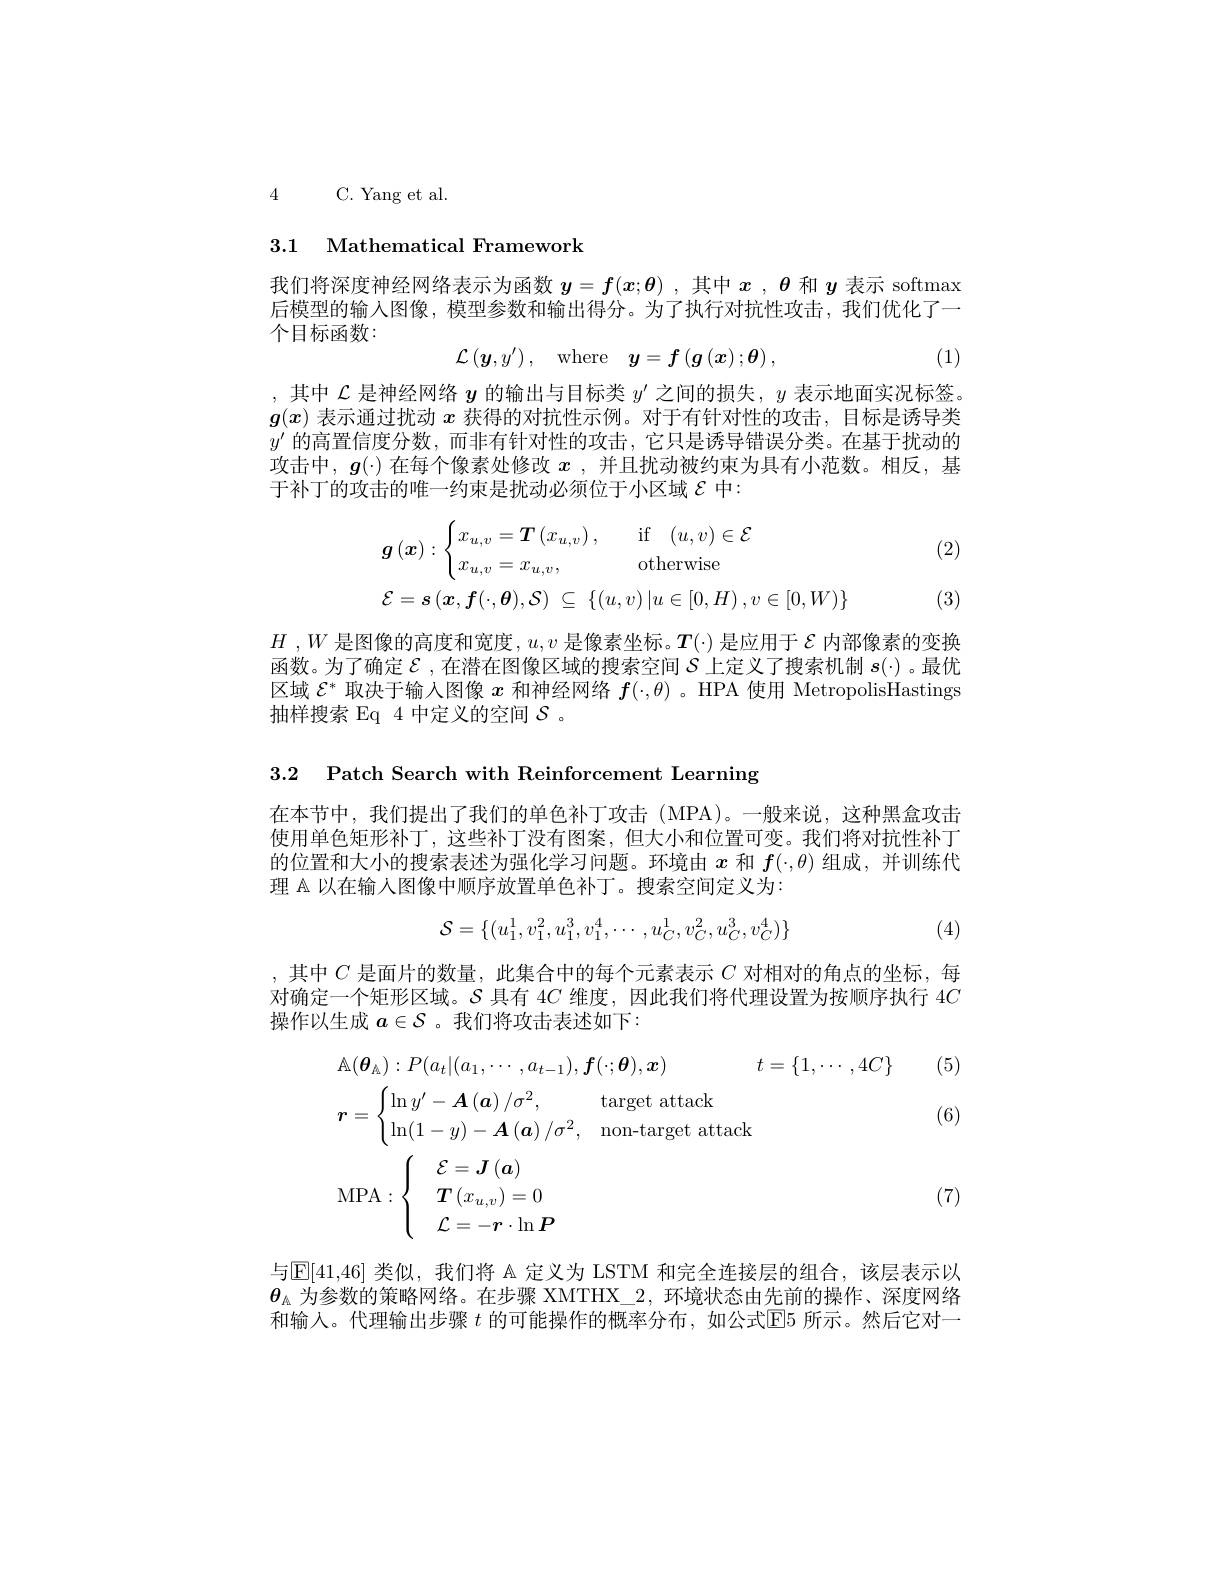
4 C. Yang et al.

## 3.1 Mathematical Framework

我们将深度神经网络表示为函数$y=f(x;\theta)$ ,其中$x$ , $\theta$和$y$表示 softmax 后模型的输入图像，模型参数和输出得分。为了执行对抗性攻击，我们优化了一个目标函数：
$$\mathcal{L}\left(\boldsymbol{y},y'\right),\quad\mathrm{where}\quad\boldsymbol{y}=\boldsymbol{f}\left(\boldsymbol{g}\left(\boldsymbol{x}\right);\boldsymbol{\theta}\right),$$
(1)

,其中$\mathcal{L}$是神经网络$y$的输出与目标类$y^\prime$之间的损失，$y$表示地面实况标签。$g(x)$表示通过扰动$x$获得的对抗性示例。对于有针对性的攻击，目标是诱导类$y^{\prime}$的高置信度分数，而非有针对性的攻击，它只是诱导错误分类。在基于扰动的攻击中，$g(\cdot)$在每个像素处修改$x$ ,并且扰动被约束为具有小范数。相反，基于补丁的攻击的唯一约束是扰动必须位于小区域$\mathcal{E}$中：

(2)
$$\boldsymbol{g}\left(\boldsymbol{x}\right):\begin{cases}x_{u,v}=\boldsymbol{T}\left(x_{u,v}\right),&\quad\mathrm{if}\quad(u,v)\in\mathcal{E}\\x_{u,v}=x_{u,v},&\quad\mathrm{otherwise}\end{cases}\\\mathcal{E}=\boldsymbol{s}\left(\boldsymbol{x},\boldsymbol{f}(\cdot,\boldsymbol{\theta}),\mathcal{S}\right)\:\subseteq\:\{(u,v)\:|u\in[0,H)\:,v\in[0,W)\}$$
(3)

$H$ $, W$ 是 图 像 的 高 度 和 宽 度 , $u, v$ 是像素坐标。$T(\cdot)$是应用于$\varepsilon$内部像素的变换函数。为了确定$\mathcal{E}$,在潜在图像区域的搜索空间$S$上定义了搜索机制$s(\cdot)$ 。最优区域$\mathcal{E}^*$取决于输入图像$x$和神经网络$f(\cdot,\theta)$ 。HPA 使用 MetropolisHastings 抽样搜索 Eq 4 中定义的空间$S$ 。

3.2 Patch Search with Reinforcement Learning

在本节中，我们提出了我们的单色补丁攻击(MPA)。一般来说，这种黑盒攻击使用单色矩形补丁，这些补丁没有图案，但大小和位置可变。我们将对抗性补丁的位置和大小的搜索表述为强化学习问题。环境由$x$和$f(\cdot,\theta)$组成，并训练代理 A 以在输人图像中顺序放置单色补丁。搜索空间定义为：
$$\mathcal{S}=\{(u_1^1,v_1^2,u_1^3,v_1^4,\cdots,u_C^1,v_C^2,u_C^3,v_C^4)\}$$
(4)

,其中$C$是面片的数量，此集合中的每个元素表示$C$对相对的角点的坐标，每对确定一个矩形区域。$S$具有 4$C$维度，因此我们将代理设置为按顺序执行 4$C$ 操作以生成$a\in\mathcal{S}$ 。我们将攻击表述如下：
$$\begin{aligned}&\mathbb{A}(\boldsymbol{\theta}_{\mathbb{A}}):P(a_{t}|(a_{1},\cdots,a_{t-1}),\boldsymbol{f}(\cdot;\boldsymbol{\theta}),\boldsymbol{x})&t=\{1,\cdots,4C\}\\&\boldsymbol{r}=\begin{cases}\ln y^{\prime}-\boldsymbol{A}\left(\boldsymbol{a}\right)/\sigma^{2},&\text{target attack}\\\ln(1-y)-\boldsymbol{A}\left(\boldsymbol{a}\right)/\sigma^{2},&\text{non-target attack}\end{cases}\\&\mathrm{MPA}:\begin{cases}&\mathcal{E}=\boldsymbol{J}\left(\boldsymbol{a}\right)\\&\boldsymbol{T}\left(x_{u,v}\right)=0\\&\mathcal{L}=-\boldsymbol{r}\cdot\ln\boldsymbol{P}\end{cases}\end{aligned}$$
(6)

(7)

与$\operatorname{E}[41,46]$ 类似，我们将 A 定义为 LSTM 和完全连接层的组合，该层表示以$\dot{\theta_\mathrm{\Lambda}\text{为参数的策略网络。在步骤 XMTHX\_2,环境状态由先前的操作、深度网络}}$ 和输入。代理输出步骤$t$的可能操作的概率分布，如公式$\mathbb{E}$所示。然后它对一